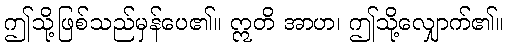
ဤသို့ဖြစ်သည်မှန်ပေ၏။ ဣတိ အာဟ၊ ဤသို့လျှောက်၏။